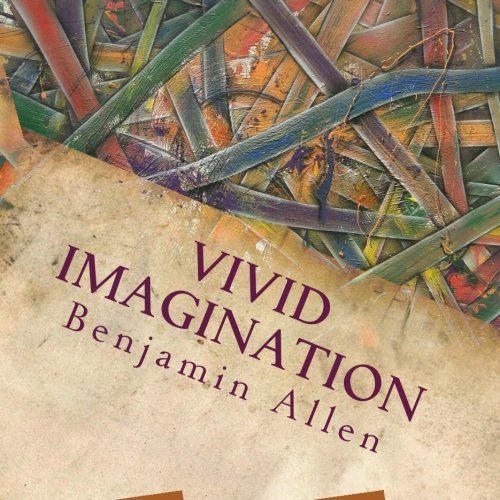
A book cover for Vivid Imagination; Benjamin Allen; Arts & Photography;